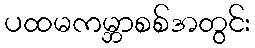
ပထမကမ္ဘာစစ်အတွင်း